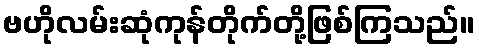
ဗဟိုလမ်းဆုံကုန်တိုက်တို့ဖြစ်ကြသည်။